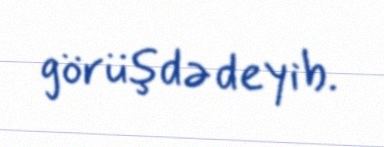
görüşdə deyib.